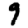
Digit: 9